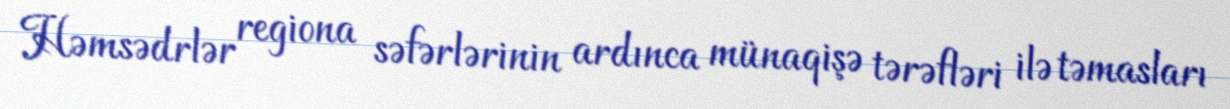
Həmsədrlər regiona səfərlərinin ardınca münaqişə tərəfləri ilə təmasları